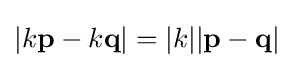
|k\mathbf {p} -k\mathbf {q} |=|k||\mathbf {p} -\mathbf {q} |